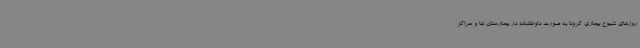
روزهای شیوع بیماری کرونا به صورت داوطلبانه در بیمارستان ها و مراکز